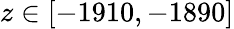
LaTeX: z\in[-1910,-1890]